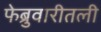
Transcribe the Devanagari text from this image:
फेब्रुवारीतली